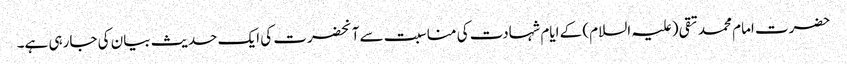
حضرت امام محمد تقی (علیہ السلام) کے ایام شہادت کی مناسبت سے آنحضرت کی ایک حدیث بیان کی جارہی ہے۔